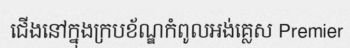
ជើងនៅក្នុងក្របខ័ណ្ឌកំពូលអង់គ្លេស Premier